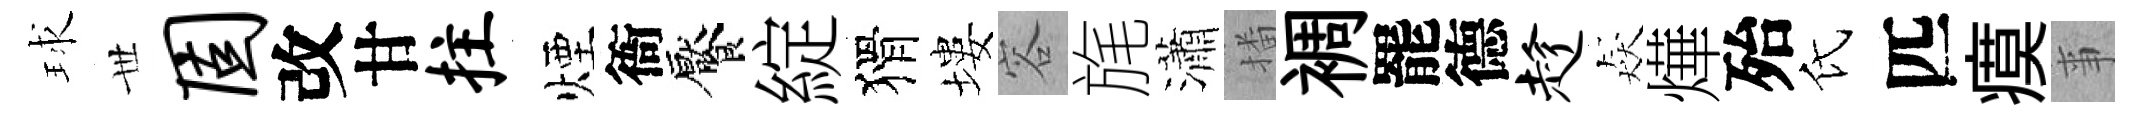
球𠀍固改甘拄煙衙饜綻猾塿容旄瀟播裯罷德趁猋燁殆氏匹瘼亊